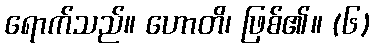
ရောက်သည်။ ဟောတိ၊ ဖြစ်၏။ (၆)